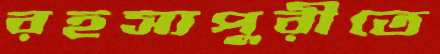
রহস্যপুরীতে